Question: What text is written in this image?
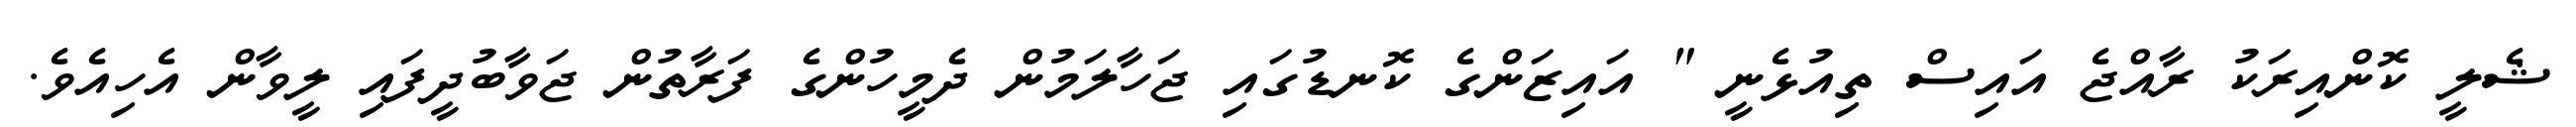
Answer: ޝެލީ ކޮންއިރަކު ރާއްޖެ އައިސް ތިއުޅެނީ " އައިޒަންގެ ކޮނޑުގައި ޖަހާލަމުން ދެމީހުންގެ ފަރާތުން ޖަވާބުދީފައި ލީވާން އެހިއެވެ.